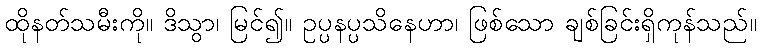
ထိုနတ်သမီးကို။ ဒိသွာ၊ မြင်၍။ ဥပ္ပနပ္ပသိနေဟာ၊ ဖြစ်သော ချစ်ခြင်းရှိကုန်သည်။